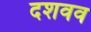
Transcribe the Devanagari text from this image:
दशवव